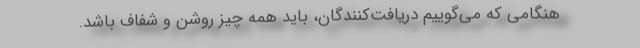
هنگامی که می‌گوییم دریافت‌کنندگان، باید همه چیز روشن و شفاف باشد.